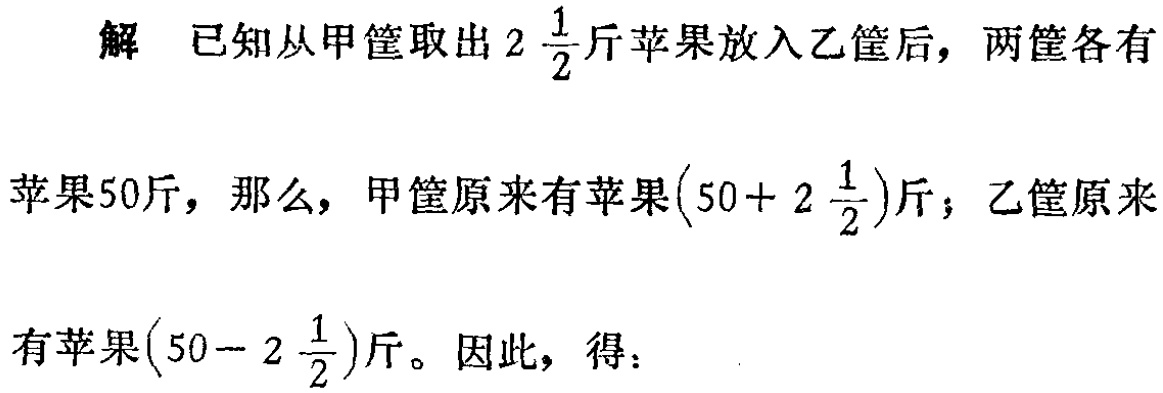
解 已知从甲筐取出\(2\frac{1}{2}\)斤苹果放入乙筐后，两筐各有

苹果50斤，那么，甲筐原来有苹果\((50 + 2\frac{1}{2})\)斤；乙筐原来

有苹果\((50 - 2\frac{1}{2})\)斤。因此，得：